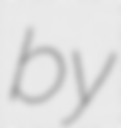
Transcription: by